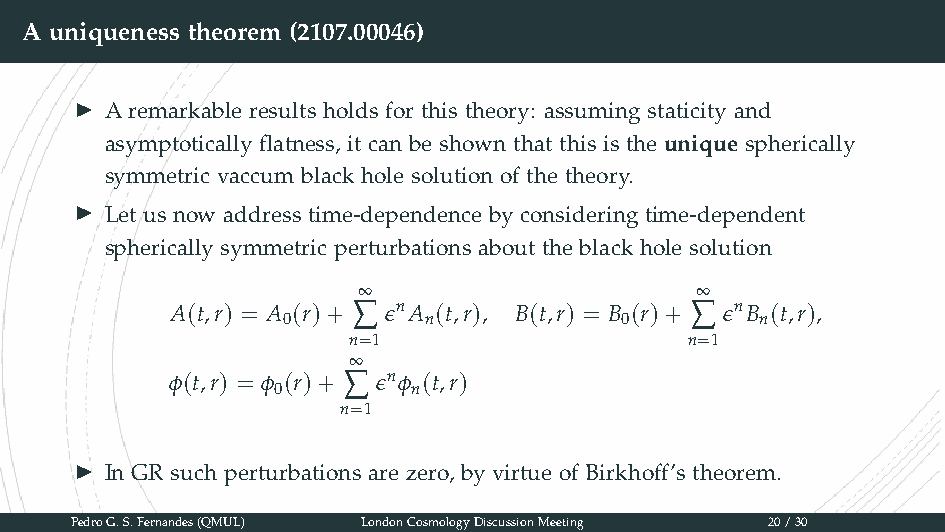
A uniqueness theorem (2107.00046)
 ▶
 A remarkable results holds for this theory: assuming staticity and
 asymptotically flatness, it can be shown that this is the unique spherically
 symmetric vaccum black hole solution of the theory.
 ▶
 Let us now address time-dependence by considering time-dependent
 spherically symmetric perturbations about the black hole solution
 ∞                     ∞
 A(t,r) = A (r)+ ∑ ϵnA (t,r), B(t,r) = B (r)+ ∑ ϵnB (t,r),
 0        n            0        n
 n=1                    n=1
 ∞
 ϕ(t,r) = ϕ (r)+ ∑ ϵnϕ (t,r)
 0        n
 n=1
 ▶
 In GR such perturbations are zero, by virtue of Birkhoff’s theorem.
 PedroG.S.Fernandes(QMUL) LondonCosmologyDiscussionMeeting 20/30